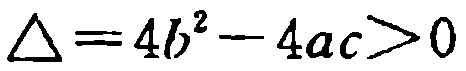
\(\Delta = 4b^{2}-4ac>0\)